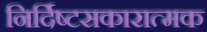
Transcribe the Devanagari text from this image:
निर्दिष्टसकारात्मक